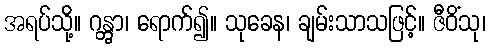
အရပ်သို့။ ဂန္တွာ၊ ရောက်၍။ သုခေန၊ ချမ်းသာသဖြင့်။ ဇီဝိံသု၊